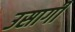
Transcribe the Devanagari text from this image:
उसागी